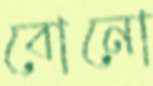
বোনো